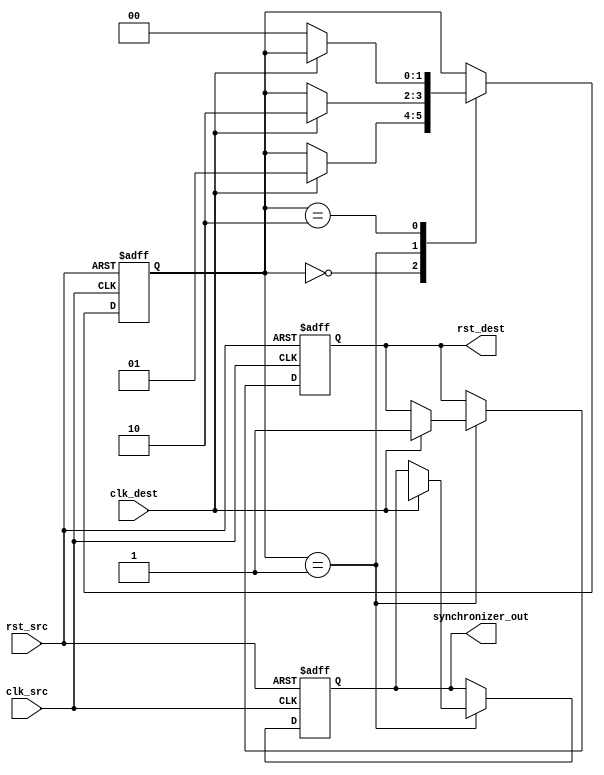
module Synchronizer (
    input wire clk_src, // Source clock
    input wire rst_src, // Source reset
    input wire clk_dest, // Destination clock
    output reg synchronizer_out, // Synchronized output signal
    output reg rst_dest // Synchronized reset signal
);

reg [1:0] sync_state;

always @(posedge clk_src or posedge rst_src) begin
    if (rst_src) begin
        sync_state <= 2'b00; // Reset synchronization
        synchronizer_out <= 1'b0;
        rst_dest <= 1'b0;
    end else begin
        case (sync_state)
            2'b00: begin // Transitioning to state 2
                if (clk_dest) begin
                    sync_state <= 2'b01;
                end
            end
            2'b01: begin // In state 2
                if (clk_dest) begin
                    sync_state <= 2'b10;
                    synchronizer_out <= input_signal;
                    rst_dest <= 1'b1; // Synchronize reset
                end
            end
            2'b10: begin // In state 3
                if (!clk_dest) begin
                    sync_state <= 2'b00;
                end
            end
        endcase
    end
end

endmodule